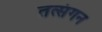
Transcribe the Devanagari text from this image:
तत्संगन